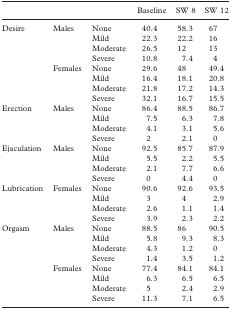
|  |  |  | Baseline | SW 8 | SW 12 |
 | --- | --- | --- | --- | --- | --- |
 | Desire | Males | None | 40.4 | 58.3 | 67 |
 |  |  | Mild | 22.3 | 22.2 | 16 |
 |  |  | Moderate | 26.5 | 12 | 13 |
 |  |  | Severe | 10.8 | 7.4 | 4 |
 |  | Females | None | 29.6 | 48 | 49.4 |
 |  |  | Mild | 16.4 | 18.1 | 20.8 |
 |  |  | Moderate | 21.8 | 17.2 | 14.3 |
 |  |  | Severe | 32.1 | 16.7 | 15.5 |
 | Erection | Males | None | 86.4 | 88.5 | 86.7 |
 |  |  | Mild | 7.5 | 6.3 | 7.8 |
 |  |  | Moderate | 4.1 | 3.1 | 5.6 |
 |  |  | Severe | 2 | 2.1 | 0 |
 | Ejaculation | Males | None | 92.5 | 85.7 | 87.9 |
 |  |  | Mild | 5.5 | 2.2 | 5.5 |
 |  |  | Moderate | 2.1 | 7.7 | 6.6 |
 |  |  | Severe | 0 | 4.4 | 0 |
 | Lubrication | Females | None | 90.6 | 92.6 | 93.5 |
 |  |  | Mild | 3 | 4 | 2.9 |
 |  |  | Moderate | 2.6 | 1.1 | 1.4 |
 |  |  | Severe | 3.9 | 2.3 | 2.2 |
 | Orgasm | Males | None | 88.5 | 86 | 90.5 |
 |  |  | Mild | 5.8 | 9.3 | 8.3 |
 |  |  | Moderate | 4.3 | 1.2 | 0 |
 |  |  | Severe | 1.4 | 3.5 | 1.2 |
 |  | Females | None | 77.4 | 84.1 | 84.1 |
 |  |  | Mild | 6.3 | 6.5 | 6.5 |
 |  |  | Moderate | 5 | 2.4 | 2.9 |
 |  |  | Severe | 11.3 | 7.1 | 6.5 |